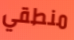
منطقي